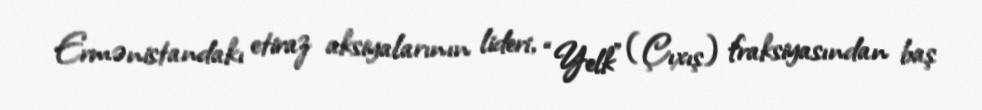
Ermənistandakı etiraz aksiyalarının lideri, “Yelk” (Çıxış) fraksiyasından baş